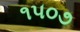
૧૫૦૭